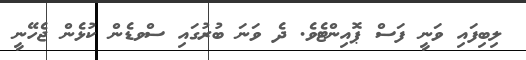
ލިބިފައި ވަނީ ފަސް ޕޮއިންޓެވެ. ދެ ވަނަ ބުރުގައި ސްވޑެން ކުޅެން ޖެހޭނީ